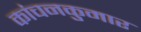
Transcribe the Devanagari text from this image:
कांचनकुमार